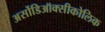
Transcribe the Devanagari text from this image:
अर्सोडिऑक्सीकोलिक